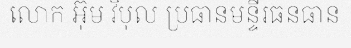
លោក អ៊ុម វិបុល ប្រធានមន្ទីរធនធាន